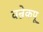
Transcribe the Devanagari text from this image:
वन्नेकपू